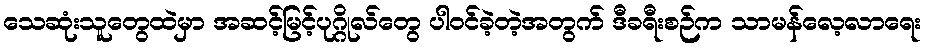
သေဆုံးသူတွေထဲမှာ အဆင့်မြင့်ပုဂ္ဂိုလ်တွေ ပါဝင်ခဲ့တဲ့အတွက် ဒီခရီးစဉ်က သာမန်လေ့လာရေး